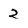
Character: 2